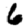
Digit: 6